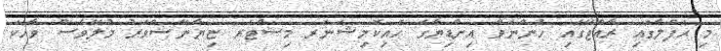
މި ޙަފްލާގައި ރާއްޖޭގައި ހުންނަވާ އިންޑިޔާގެ ހައިކޮމިޝަނަރ މިސްޓަރ ޏިޔާނޭޝްވަރު މުލޭވެސް ވާހަކަ